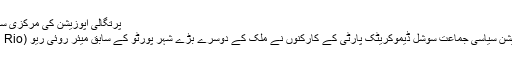
پرتگالی اپوزیشن کی مرکزی سیاسی پارٹی نے نیا لیڈر منتخب کر لیا
یورپی ملک پرتگال کی مرکزی اپوزیشن سیاسی جماعت سوشل ڈیموکریٹک پارٹی کے کارکنوں نے ملک کے دوسرے بڑے شہر پورٹو کے سابق میئر روئی ریو (Rui Rio) کو اپنا رہنما منتخب کر لیا ہے۔